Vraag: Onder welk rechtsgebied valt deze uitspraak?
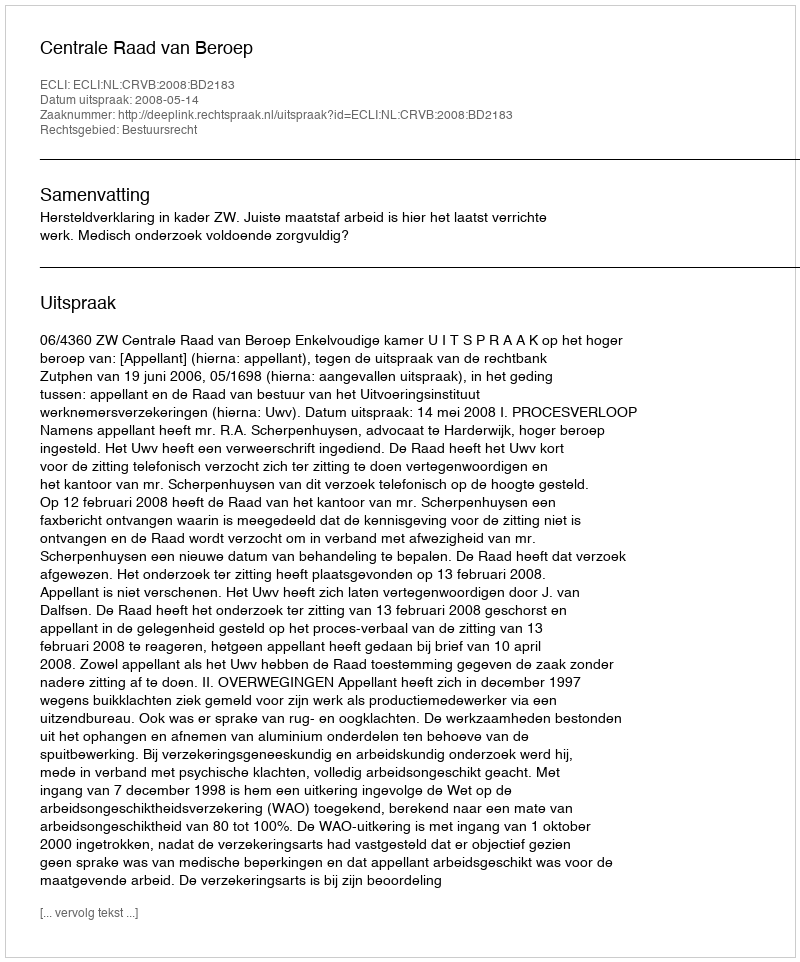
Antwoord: Bestuursrecht